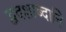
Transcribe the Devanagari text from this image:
द्वदशाब्दानि